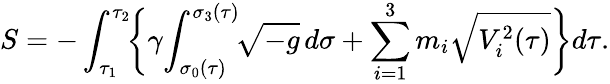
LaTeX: S=-\int_{\tau_{1}}^{\tau_{2}}\! \biggl\{ \gamma\! \int_{\sigma_{0}(\tau)}^{\sigma_{3}(\tau)}\! \! \sqrt{-g}\, d\sigma+\sum_{i=1}^{3}m_{i}\sqrt{V_{i}^{2}(\tau)}\biggr\} d\tau.